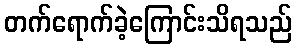
တက်ရောက်ခဲ့ကြောင်းသိရသည်